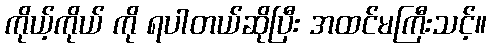
ကိုယ့်ကိုယ် ကို ရပါတယ်ဆိုပြီး အထင်မကြီးသင့်။